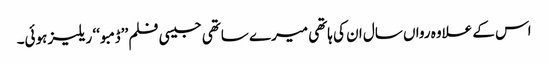
اس کے علاوہ رواں سال ان کی ہاتھی میرے ساتھی جیسی فلم ’’ڈمبو ‘‘ ریلیز ہوئی۔